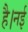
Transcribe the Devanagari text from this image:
है।नई